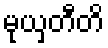
မုယှတီတိ